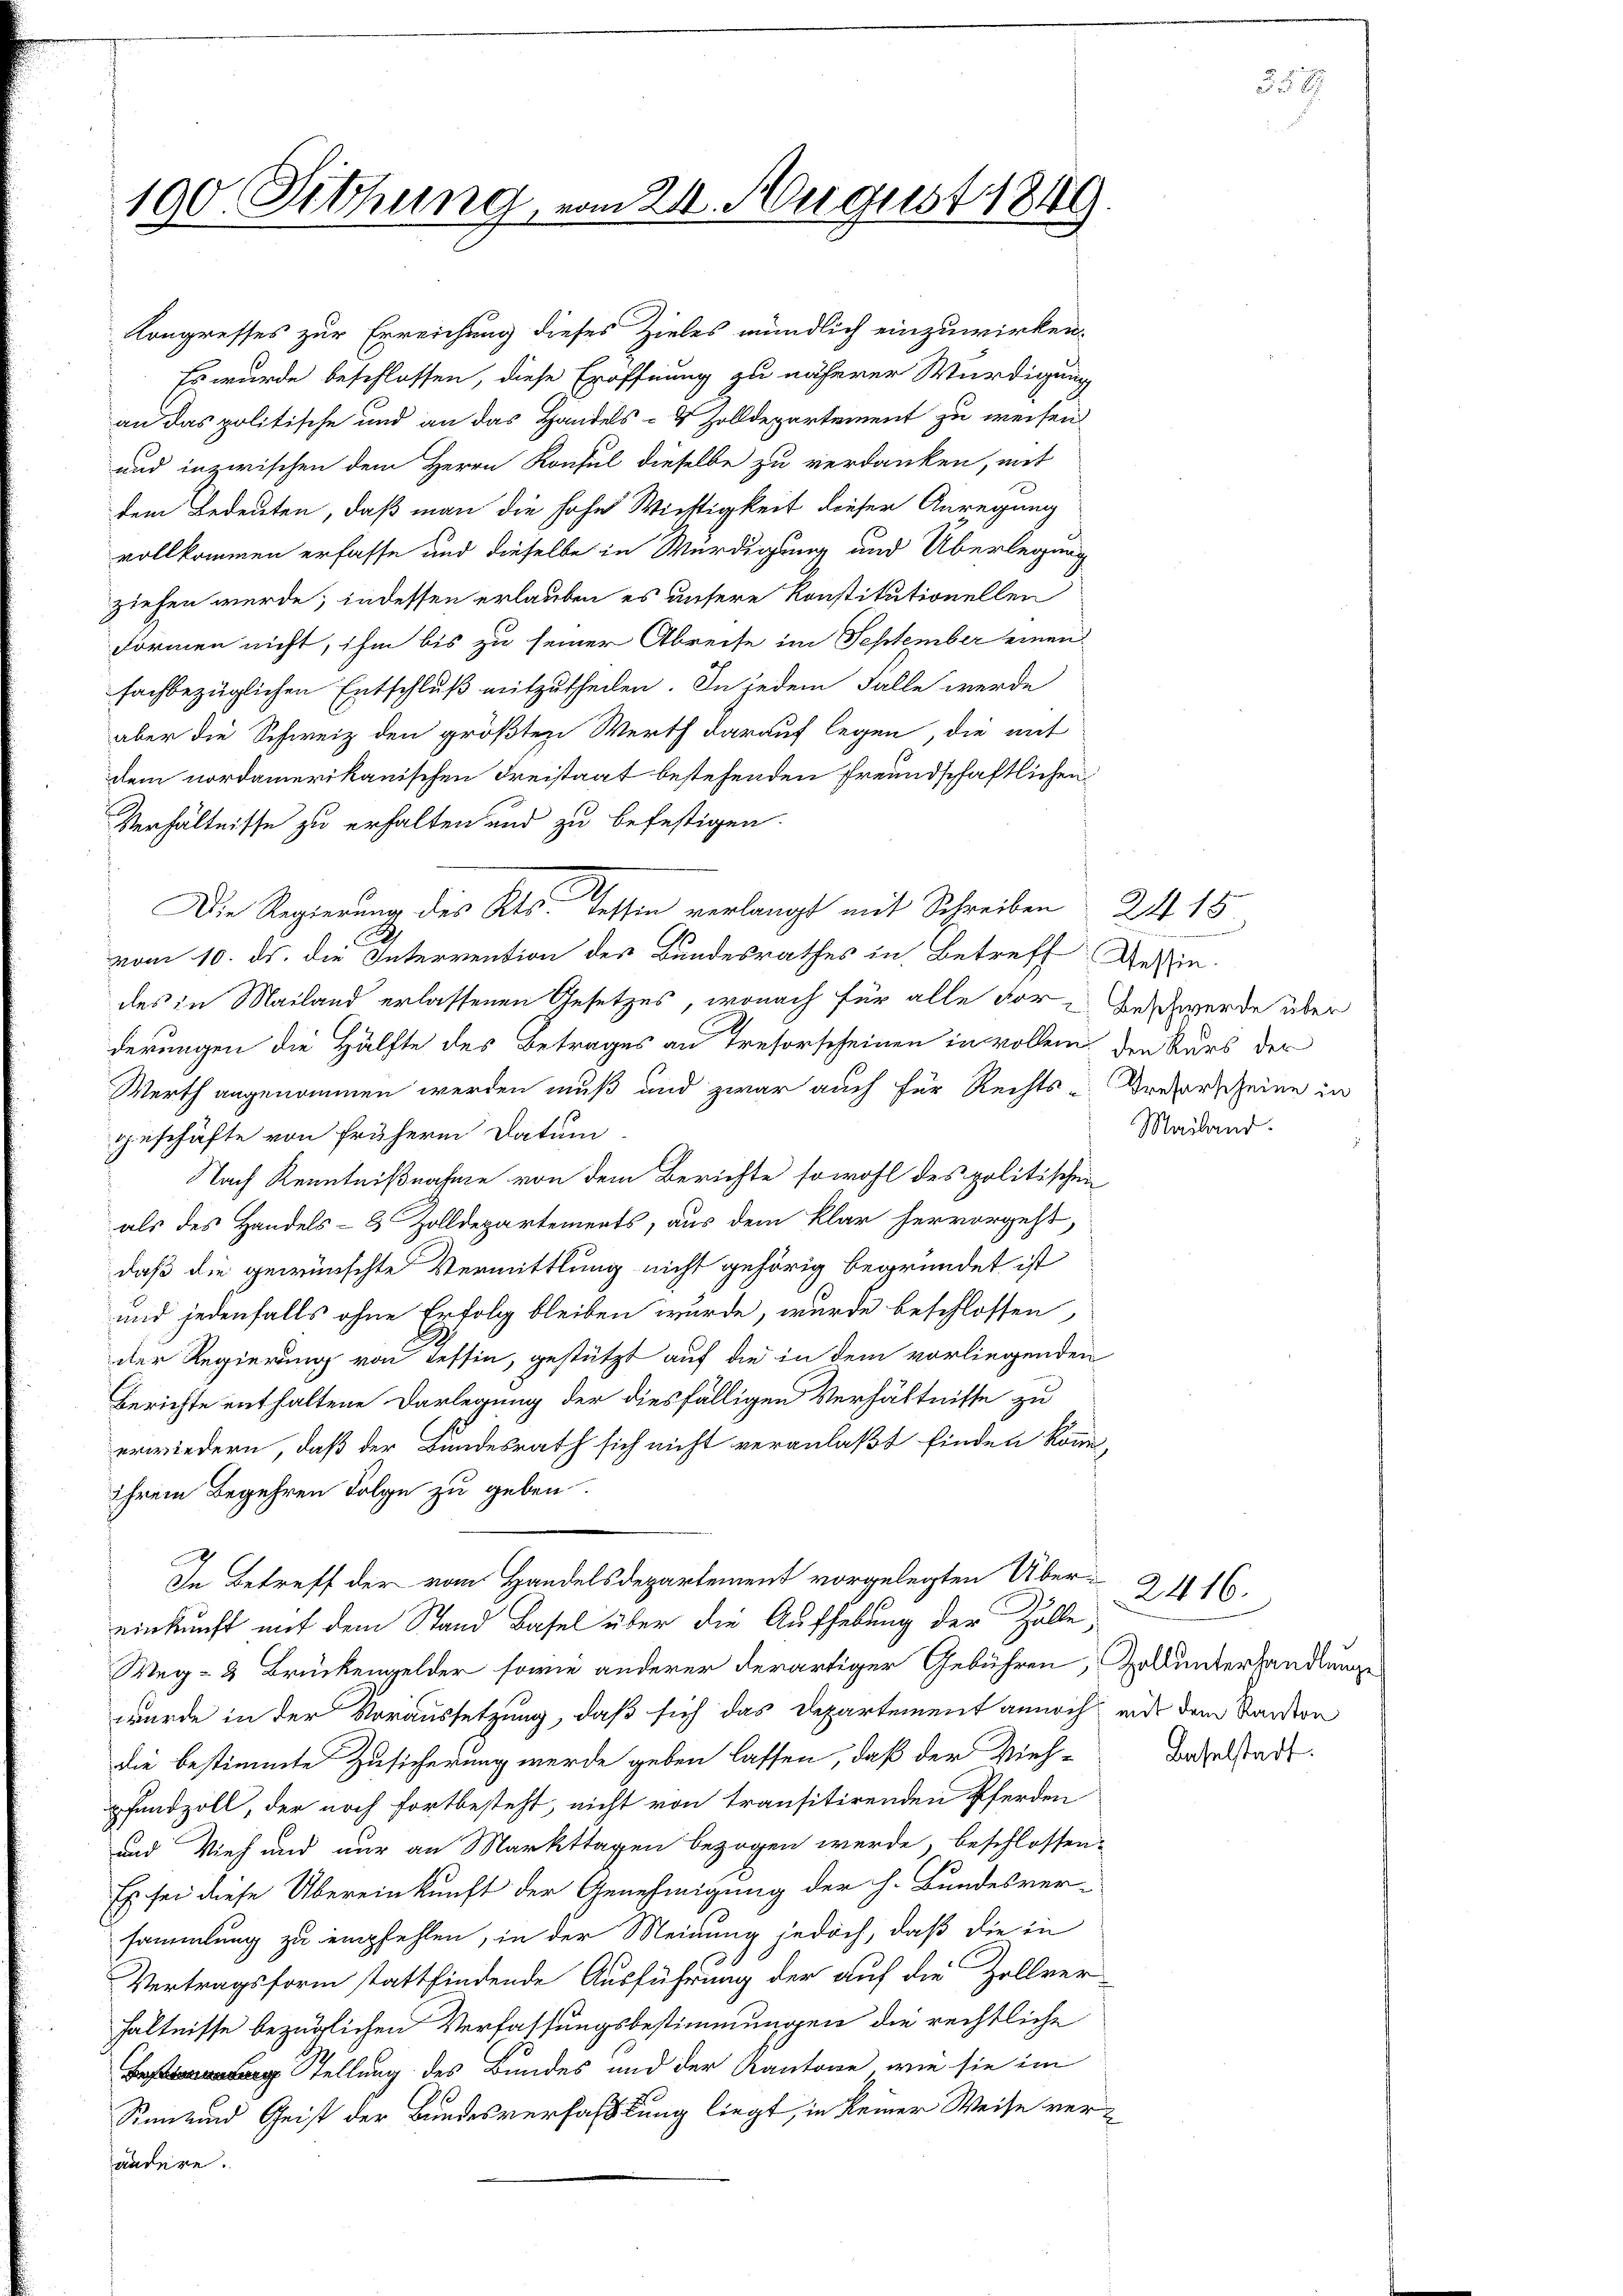
100. Fethung, vom 24. August 1848

Kongresses zur Erreichung dieses Zieles mündlich einzuwirken.
Es wurde beschlossen, diese Eröffnung zu näherer Würdigung
an das politische und an das Handels- & Zolldepartement zu weisen
und inzwischen dem Herrn Konsul dieselbe zu verdanken, mit
dem Bedeuten, daß man die hohe Wichtigkeit dieser Anregung
vollkommen erfasse und dieselbe in Würdigung und Überlegung
ziehen werde; indessen erlauben es unsere Konstitutionellen
Formen nicht, ihm bis zu seiner Abreise im September einen
fachbezüglichen Entschluß mitzutheilen. In jedem Falle werde
aber die Schweiz den größten Werth darauf legen, die mit
dem nordamerikanischen Freistaat bestehenden Freundschaftlichen
Verhältnisse zu erhalten und zu befestigen.
vom 10. ds. die Intervention des Bundesrathes in Betreff Gesin-
des in Mailand erlassenen Gesetzes, wonach für alle For-Anschwerde über
derungen die Hälfte des Betrages an Treforscheinen in vollem den Kurs der
Werth angenommen werden muß und zwar auch für Rechts-Breverscheine in
geschäfte von frühere Datum
Nach Kenntnißnahme von dem Berichte sowohl des politischen
als des Handels- & Zolldepartements, aus dem klar hervorgeht,
daß die gewünschte Vermittlung nicht gehörig begründet ist
und jedenfalls ohne Erfolg bleiben wurde, wurde beschlossen
der Regierung von Tessin, gestützt auf die in dem vorliegenden
Berichte enthaltene Darlegung der diesfälligen Verhältnisse zu
erwiedern, daß der Bundesrath sich nicht veranlaßt finden könne,
ihrem Begehren Folge zu geben.
In Betreff der vom Handelsdepartement vorgelegten Übereinkunft mit dem Stand Basel über die Aufhebung der Zölle,
Weg- & Brückengelder sowie anderer derartiger Gebühren, Geltunterhandlunge
wurde in der Voraussetzung, daß sich das Departement annoch mit dem Kanton
die bestimmte Zusicherung werde geben lassen, daß der Vieh-
pfundzoll, der noch fortbesteht, nicht von transitirenden Pferden
und Vieh und nur an Markttagen bezogen werde, beschlossen:
Es sei diese Übereinkunft der Genehmigung der h. Bundesver-
sammlung zu empfehlen, in der Meinung jedoch, daß die in
Vertragsform stattfindende Ausführung der auf die Zollver-
hältnisse bezüglichen Verfassungsbestimmungen die rechtliche
g Stellung des Bundes und der Kantone, wie sie im
Sinn und Geist der Bundesverfasstung liegt, in keiner Weise verändere.

Die Regierung des Kts. Tessin verlangt mit Schreiben 24. 15

Mailand.

2416.

Baselstadt.